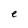
Character: e